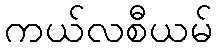
ကယ်လစီယမ်